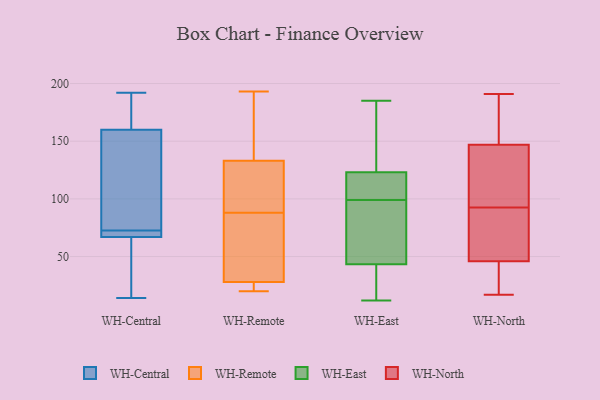
{"axis": {"x": "Backlog", "y": "Value"}, "legend": ["WH-Central", "WH-East", "WH-North", "WH-Remote"], "data": [{"x": "", "y": 192, "type": "WH-Central"}, {"x": "", "y": 162, "type": "WH-Central"}, {"x": "", "y": 107, "type": "WH-Central"}, {"x": "", "y": 67, "type": "WH-Central"}, {"x": "", "y": 190, "type": "WH-Central"}, {"x": "", "y": 70, "type": "WH-Central"}, {"x": "", "y": 143, "type": "WH-Central"}, {"x": "", "y": 35, "type": "WH-Central"}, {"x": "", "y": 160, "type": "WH-Central"}, {"x": "", "y": 70, "type": "WH-Central"}, {"x": "", "y": 38, "type": "WH-Central"}, {"x": "", "y": 74, "type": "WH-Central"}, {"x": "", "y": 71, "type": "WH-Central"}, {"x": "", "y": 14, "type": "WH-Central"}, {"x": "", "y": 85, "type": "WH-Remote"}, {"x": "", "y": 24, "type": "WH-Remote"}, {"x": "", "y": 167, "type": "WH-Remote"}, {"x": "", "y": 28, "type": "WH-Remote"}, {"x": "", "y": 45, "type": "WH-Remote"}, {"x": "", "y": 23, "type": "WH-Remote"}, {"x": "", "y": 91, "type": "WH-Remote"}, {"x": "", "y": 143, "type": "WH-Remote"}, {"x": "", "y": 193, "type": "WH-Remote"}, {"x": "", "y": 133, "type": "WH-Remote"}, {"x": "", "y": 120, "type": "WH-Remote"}, {"x": "", "y": 74, "type": "WH-Remote"}, {"x": "", "y": 20, "type": "WH-Remote"}, {"x": "", "y": 92, "type": "WH-Remote"}, {"x": "", "y": 107, "type": "WH-East"}, {"x": "", "y": 103, "type": "WH-East"}, {"x": "", "y": 12, "type": "WH-East"}, {"x": "", "y": 17, "type": "WH-East"}, {"x": "", "y": 110, "type": "WH-East"}, {"x": "", "y": 65, "type": "WH-East"}, {"x": "", "y": 124, "type": "WH-East"}, {"x": "", "y": 99, "type": "WH-East"}, {"x": "", "y": 123, "type": "WH-East"}, {"x": "", "y": 25, "type": "WH-East"}, {"x": "", "y": 93, "type": "WH-East"}, {"x": "", "y": 19, "type": "WH-East"}, {"x": "", "y": 67, "type": "WH-East"}, {"x": "", "y": 185, "type": "WH-East"}, {"x": "", "y": 36, "type": "WH-East"}, {"x": "", "y": 123, "type": "WH-East"}, {"x": "", "y": 132, "type": "WH-East"}, {"x": "", "y": 99, "type": "WH-East"}, {"x": "", "y": 154, "type": "WH-East"}, {"x": "", "y": 147, "type": "WH-North"}, {"x": "", "y": 82, "type": "WH-North"}, {"x": "", "y": 17, "type": "WH-North"}, {"x": "", "y": 46, "type": "WH-North"}, {"x": "", "y": 146, "type": "WH-North"}, {"x": "", "y": 37, "type": "WH-North"}, {"x": "", "y": 191, "type": "WH-North"}, {"x": "", "y": 135, "type": "WH-North"}, {"x": "", "y": 53, "type": "WH-North"}, {"x": "", "y": 52, "type": "WH-North"}, {"x": "", "y": 184, "type": "WH-North"}, {"x": "", "y": 103, "type": "WH-North"}, {"x": "", "y": 159, "type": "WH-North"}, {"x": "", "y": 37, "type": "WH-North"}]}